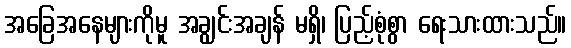
အခြေအနေများကိုမူ အချွင်းအချန် မရှိ၊ ပြည့်စုံစွာ ရေးသားထားသည်။